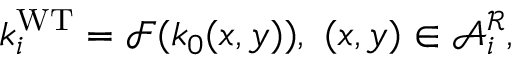
{ k _ { i } ^ { \mathrm { W T } } } = \mathcal { F } ( k _ { 0 } ( x , y ) ) , ~ ( x , y ) \in \mathcal { A } _ { i } ^ { \mathcal { R } } ,